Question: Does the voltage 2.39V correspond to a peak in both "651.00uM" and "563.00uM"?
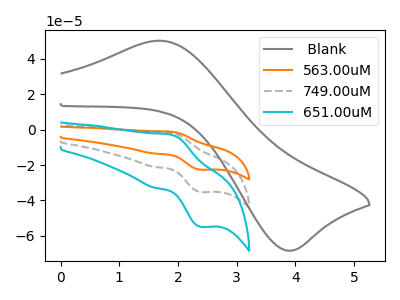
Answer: <think>The gray curve " Blank" has an anodic peak at (1.70V, 50.25uA) and a cathodic peak at (3.85V, -68.35uA). The orange curve "563.00uM" has an anodic peak at (1.85V, -3.45uA) and a cathodic peak at (2.40V, -70.50uA). The gray dashed curve "749.00uM" has an anodic peak at (1.85V, -1.70uA) and a cathodic peak at (2.40V, -35.25uA). The cyan curve "651.00uM" has an anodic peak at (1.85V, -2.70uA) and a cathodic peak at (2.40V, -54.95uA).</think>
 <answer>Yes, "651.00uM" and "563.00uM" share a peak at 2.39V.</answer>
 <eval>match</eval>